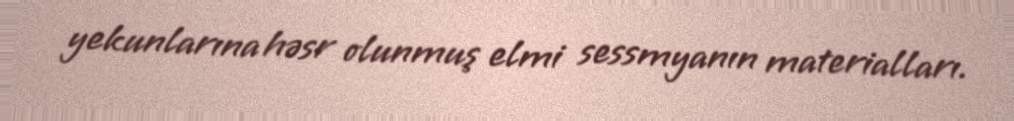
yekunlarına həsr olunmuş elmi sessmyanın materialları.